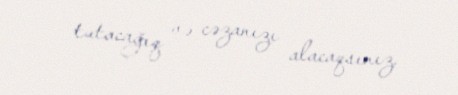
tutacağıq və cəzanızı alacaqsınız.